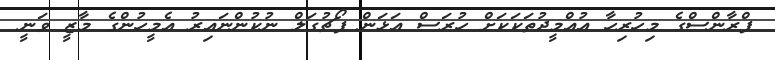
ފްރާންސްގެ މިހުރިހާ އުއްމީދުތަކަކަށް ހުރަސް އަޅަން ޕޯޗުގަލް ނުކުންނައިރު އެމީހުންގެ މާޒީ ވަނީ